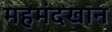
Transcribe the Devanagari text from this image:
महमंदखान